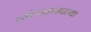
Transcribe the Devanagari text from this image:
त्यांच्यामधल्या